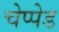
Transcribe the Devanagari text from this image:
चेप्पेड